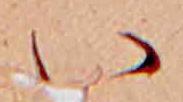
い